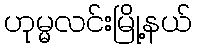
ဟုမ္မလင်းမြို့နယ်